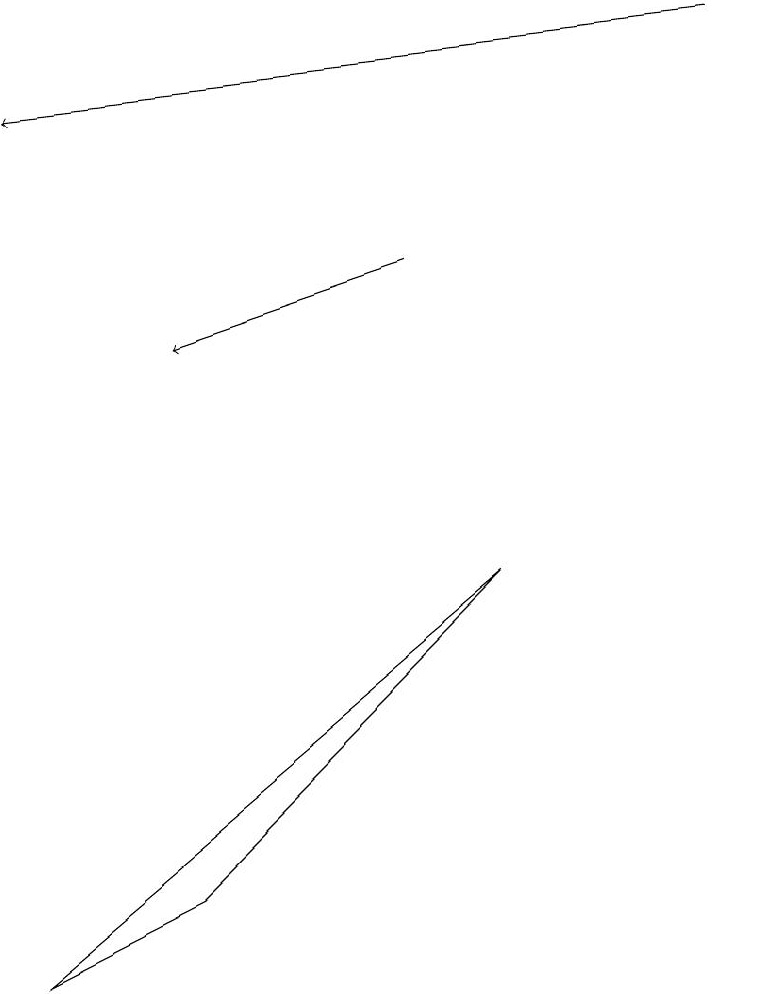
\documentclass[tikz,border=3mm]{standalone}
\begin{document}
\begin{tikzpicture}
\draw[->] (5,11) -- (2,10);
\draw (0,2) -- (6,7) -- (2,3) -- cycle;
\draw[->] (9,14) -- (0,13);
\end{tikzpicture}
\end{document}